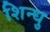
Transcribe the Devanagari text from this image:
शिन्धु